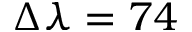
\Delta \lambda = 7 4